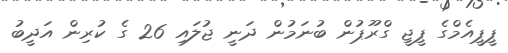
ޕީޕީއެމްގެ ޕީޖީ ގްރޫޕުން ބުނަމުން ދަނީ ޖުލައި 26 ގެ ކުރިން އަދީބު